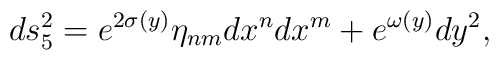
ds_5^2=e^{2\sigma(y)}\eta_{nm}dx^n dx^m+e^{\omega(y)}dy^2,